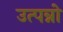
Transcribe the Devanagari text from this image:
उत्पन्नो